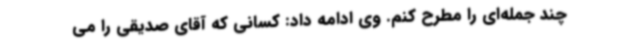
چند جمله‌ای را مطرح کنم. وی ادامه داد: کسانی که آقای صدیقی را می‌